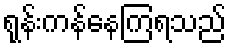
ရုန်းကန်နေကြရသည်